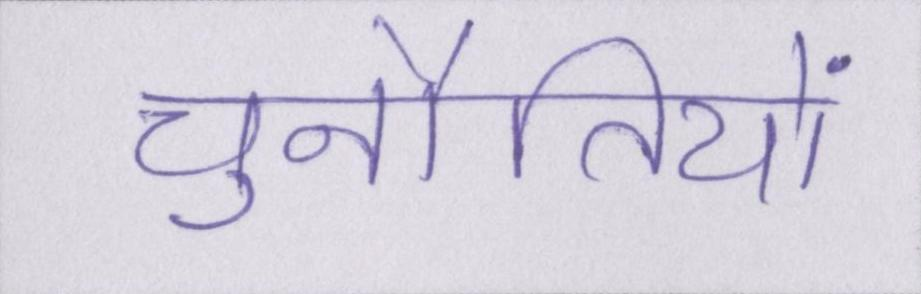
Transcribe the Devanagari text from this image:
चुनौतियों